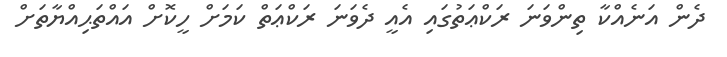
ދެން އަނެއްކާ ތިންވަނަ ރަކްޢަތުގައި އެއީ ދެވަނަ ރަކްޢަތް ކަމަށް ހީކޮށް އައްތަޙިއްޔާތަށް